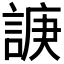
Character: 𧩉